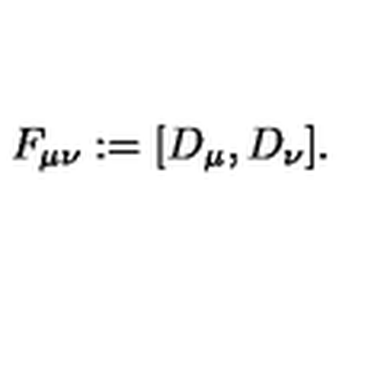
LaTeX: F _ { \mu \nu } : = [ D _ { \mu } , D _ { \nu } ] .